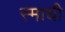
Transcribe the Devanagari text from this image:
स्माधी